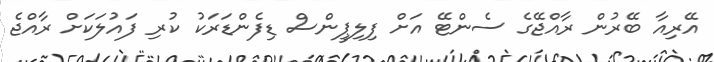
އޭރިއާ ބޭރުން ރާއްޖޭގެ ސެންޓޭ އަށް ފިލިޕީންސް ޑިފެންޑަރަކު ކުރި ފައުލަކަށް ރާއްޖެ